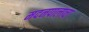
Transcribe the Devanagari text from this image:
मदनपालाचा